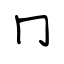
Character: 冂